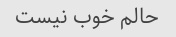
حالم خوب نیست